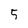
Character: 5